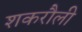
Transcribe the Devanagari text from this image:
शकरौली